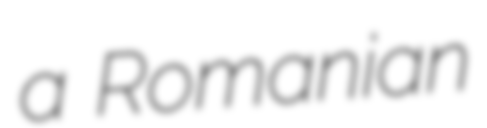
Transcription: a Romanian